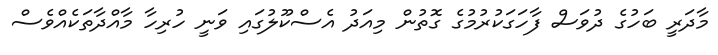
މާދަރީ ބަހުގެ ދުވަސް ފާހަގަކުރުމުގެ ގޮތުން މިއަދު އެސްކޫލުގައި ވަނީ ހުރިހާ މާއްދާތަކެއްވެސް